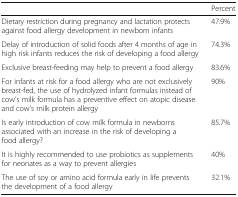
<table><thead><tr><td></td><td><b>Percent</b></td></tr></thead><tbody><tr><td>Dietary restriction during pregnancy and lactation protects against food allergy development in newborn infants</td><td>47.9%</td></tr><tr><td>Delay of introduction of solid foods after 4 months of age in high risk infants reduces the risk of developing a food allergy</td><td>74.3%</td></tr><tr><td>Exclusive breast-feeding may help to prevent a food allergy</td><td>83.6%</td></tr><tr><td>For infants at risk for a food allergy who are not exclusively breast-fed, the use of hydrolyzed infant formulas instead of cow’s milk formula has a preventive effect on atopic disease and cow’s milk protein allergy</td><td>90%</td></tr><tr><td>Is early introduction of cow milk formula in newborns associated with an increase in the risk of developing a food allergy?</td><td>85.7%</td></tr><tr><td>It is highly recommended to use probiotics as supplements for neonates as a way to prevent allergies</td><td>40%</td></tr><tr><td>The use of soy or amino acid formula early in life prevents the development of a food allergy</td><td>32.1%</td></tr></tbody></table>